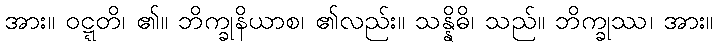
အား။ ဝဋ္ဋတိ၊ ၏။ ဘိက္ခုနိယာစ၊ ၏လည်း။ သန္နိဓိ၊ သည်။ ဘိက္ခုဿ၊ အား။